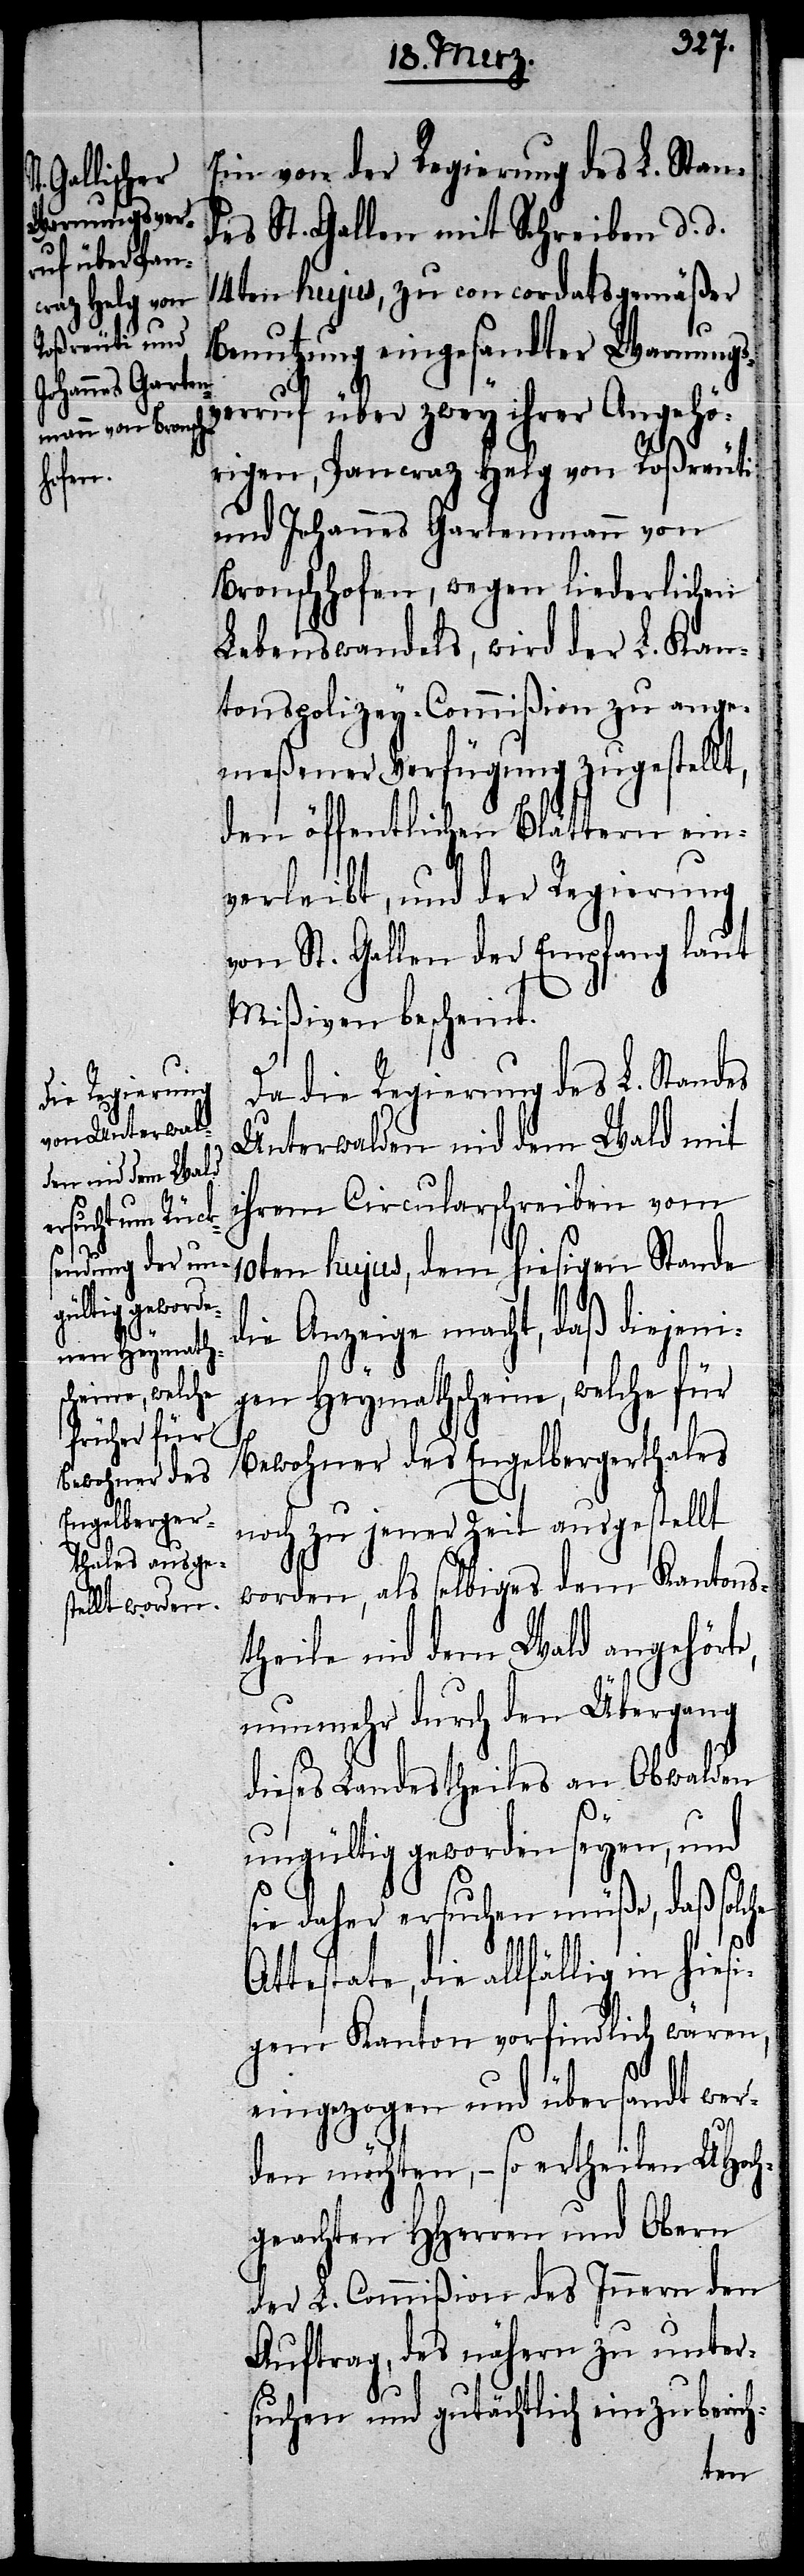
Ein von der Regierung des L. Stan¬
des St. Gallen mit Schreiben d. d.
14ten hujus, zu concordatsgemäßer
Benutzung eingesandter Warnungs¬
verruf über zwey ihrer Angehö¬
rigen, Pancraz Helg von Roßreuti
und Johannes Gartenmann von
Bronschhofen, wegen liederlichen
Lebenswandels, wird der L. Kan¬
tonspolizey-Commißion zu ange¬
meßener Verfügung zugestellt,
den öffentlichen Blättern ein¬
verleibt, und der Regierung
von St. Gallen der Empfang laut
Mißiven bescheint.
Da die Regierung des L. Standes
Unterwalden nid dem Wald mit
ihrem Circularschreiben vom
10ten hujus, dem hiesigen Stande
die Anzeige macht, daß diejeni¬
gen Heymathscheine, welche für
Bewohner des Engelbergerthales
noch zu jener Zeit ausgestellt
worden, als selbiges dem Kantons¬
theile nid dem Wald angehört¬
nunmehr durch den Übergang
dieses Landestheiles an Obwalden
ungültig geworden seyen, und
sie daher ersuchen müße, daß solche
e,
Attestate, die allfällig in hiesi¬
gem Kanton vorfindlich wären,
eingezogen und übersandt wer¬
den möchten, – so ertheilen UHoch¬
geachten HHerren und Obern
der L. Commißion des Innern den
Auftrag, des nähern zu unter¬
suchen und gutächtlich einzuberich-